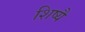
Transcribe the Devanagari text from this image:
शिष्यै